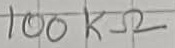
Text: 100KΩ